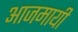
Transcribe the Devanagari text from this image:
आजमायी